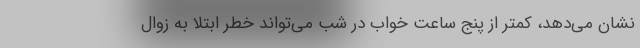
نشان می‌دهد، کمتر از پنج ساعت خواب در شب می‌تواند خطر ابتلا به زوال